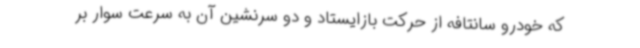
که خودرو سانتافه از حرکت بازایستاد و دو سرنشین آن به سرعت سوار بر